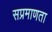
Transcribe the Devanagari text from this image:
सप्रमाणता